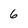
Character: 6